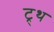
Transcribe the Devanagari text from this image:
ट्र्थ